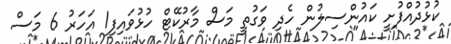
ކުޅުދުއްފުށީ ކައުންސިލުން ހެދި ވަގުތީ މަސް މާރުކޭޓް ހުޅުވައިފި1 އަހަރު 6 މަސް